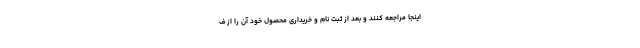
اینجا مراجعه کنند و بعد از ثبت نام و خریداری محصول خود آن را از ف